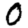
Digit: 0